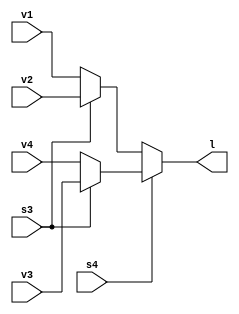
`timescale 1ns / 1ps
//////////////////////////////////////////////////////////////////////////////////
// Company: 
// Engineer: 
// 
// Design Name: 
// Module Name:    mux_41opration 
// Project Name: 
// Target Devices: 
// Tool versions: 
// Description: 
//
// Dependencies: 
//
// Revision: 
// Revision 0.01 - File Created
// Additional Comments: 
//
//////////////////////////////////////////////////////////////////////////////////
module mux_41opration(l,v1,v2,v3,v4,s4,s3);
parameter WIDTH=4;
input [3:0]v1;
 input [3:0]v2;
input [3:0]v3;
input [3:0]v4;
input s4;
input s3;
output[3:0]l;
assign l=(s4==0?(s3==0?v1:v2):(s3==1?v3:v4));
endmodule